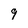
Character: 9